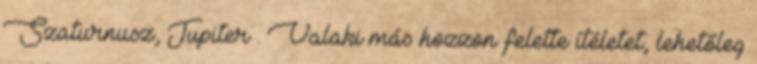
Szaturnusz, Jupiter . Valaki más hozzon felette ítéletet, lehetőleg